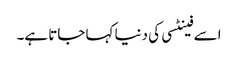
اسے فینٹسی کی دنیا کہا جاتا ہے۔